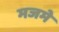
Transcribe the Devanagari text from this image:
मजमे